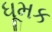
ધૂમક